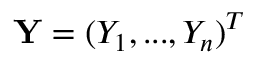
\mathbf { Y } = ( Y _ { 1 } , . . . , Y _ { n } ) ^ { T }